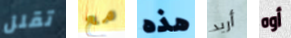
تقلل مع هذه أريد أوه